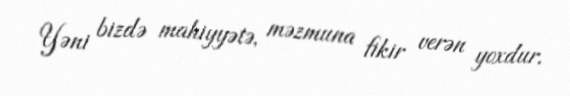
Yəni bizdə mahiyyətə, məzmuna fikir verən yoxdur.